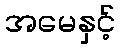
အမေနှင့်